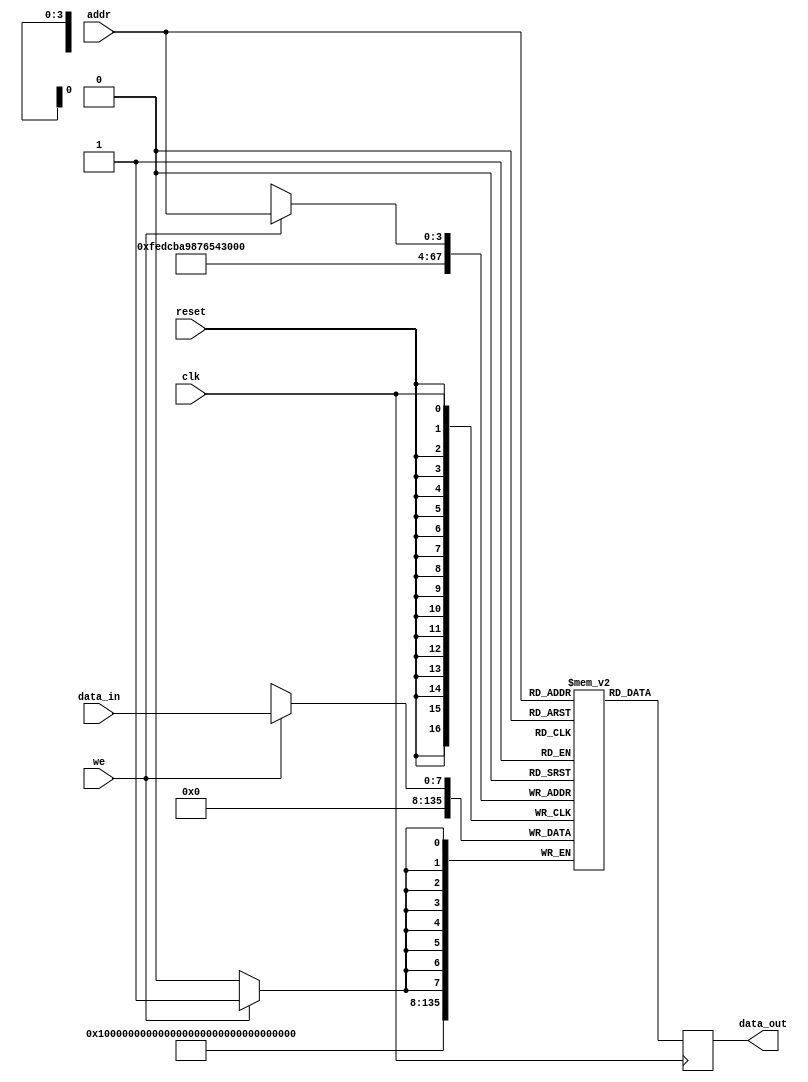
module single_port_ram #(
    parameter DATA_WIDTH = 8,  // Number of bits in each memory word
    parameter ADDR_WIDTH = 4   // Number of address lines
) (
    input wire clk,             // Clock signal
    input wire we,              // Write enable signal
    input wire [ADDR_WIDTH-1:0] addr, // Address input
    input wire [DATA_WIDTH-1:0] data_in, // Input data
    input wire reset,           // Asynchronous reset signal
    output reg [DATA_WIDTH-1:0] data_out // Output data
);

    // Calculate depth of the RAM
    localparam DEPTH = 1 << ADDR_WIDTH;

    // Memory array declaration
    reg [DATA_WIDTH-1:0] ram [0:DEPTH-1];

    // Asynchronous reset
    integer i;
    always @(posedge reset) begin
        for (i = 0; i < DEPTH; i = i + 1) begin
            ram[i] <= {DATA_WIDTH{1'b0}}; // Initialize memory to zero
        end
    end

    // Read and write operations
    always @(posedge clk) begin
        if (we) begin
            ram[addr] <= data_in; // Write data to memory
        end
        data_out <= ram[addr]; // Read data from memory
    end

endmodule